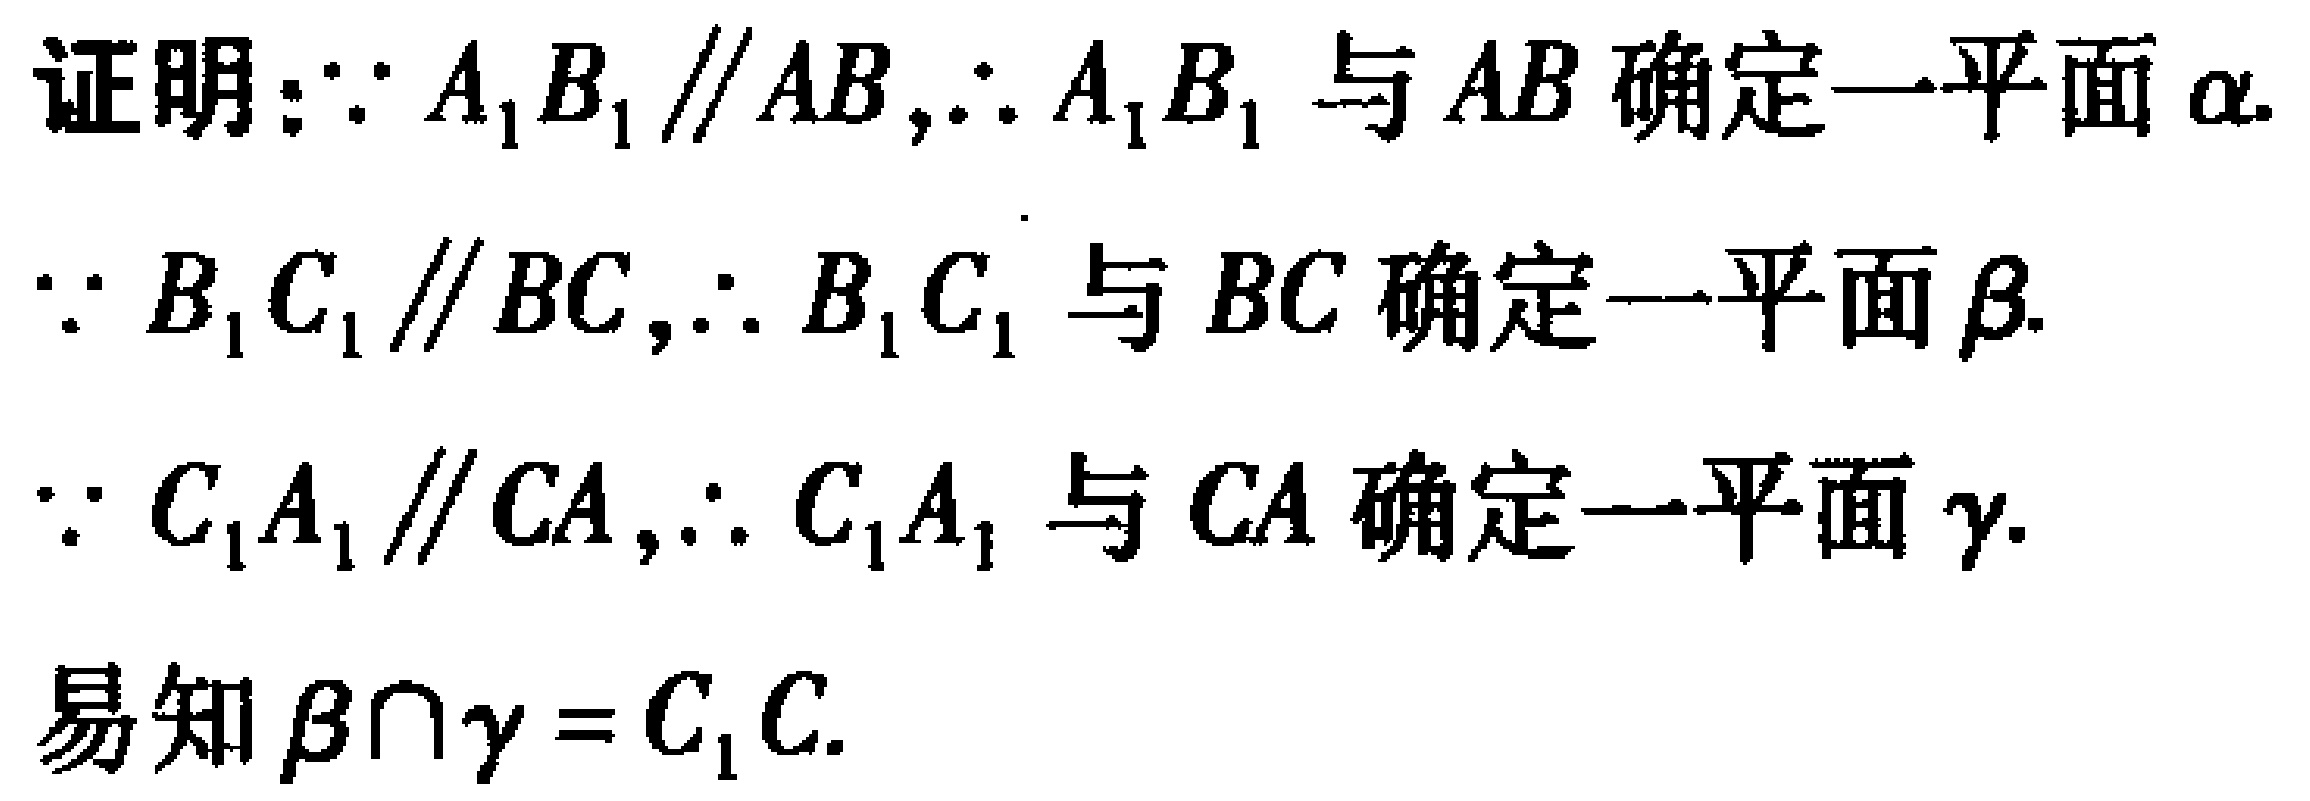
证明：$\because A_{1}B_{1}\parallel AB$,$\therefore A_{1}B_{1}$与$AB$确定一平面$\alpha$.
$\because B_{1}C_{1}\parallel BC$,$\therefore B_{1}C_{1}$与$BC$确定一平面$\beta$.
$\because C_{1}A_{1}\parallel CA$,$\therefore C_{1}A_{1}$与$CA$确定一平面$\gamma$.
易知$\beta\cap\gamma = C_{1}C$.